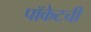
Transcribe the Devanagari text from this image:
पॉकेटची